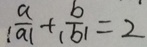
\frac { a } { \vert a \vert } + \frac { b } { \vert b \vert } = 2